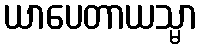
ယာပေတာယသ္မာ